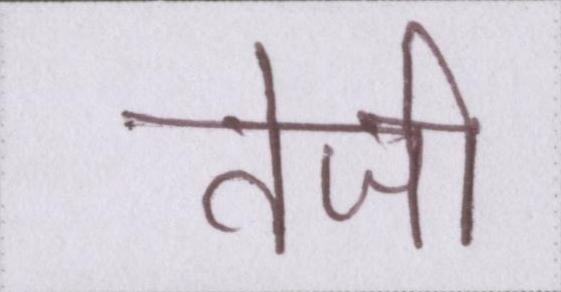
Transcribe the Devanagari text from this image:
तेजी